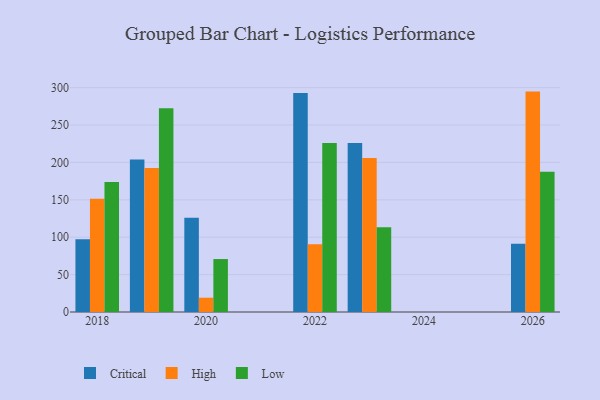
{"axis": {"x": "Year", "y": "Market Share (%)"}, "legend": ["Critical", "High", "Low"], "data": [{"x": "2022", "y": 292.8, "type": "Critical"}, {"x": "2022", "y": 90.7, "type": "High"}, {"x": "2022", "y": 226.1, "type": "Low"}, {"x": "2019", "y": 203.9, "type": "Critical"}, {"x": "2019", "y": 192.5, "type": "High"}, {"x": "2019", "y": 272.6, "type": "Low"}, {"x": "2020", "y": 125.9, "type": "Critical"}, {"x": "2020", "y": 19.1, "type": "High"}, {"x": "2020", "y": 70.8, "type": "Low"}, {"x": "2026", "y": 91.2, "type": "Critical"}, {"x": "2026", "y": 294.7, "type": "High"}, {"x": "2026", "y": 187.5, "type": "Low"}, {"x": "2018", "y": 97.2, "type": "Critical"}, {"x": "2018", "y": 151.3, "type": "High"}, {"x": "2018", "y": 173.9, "type": "Low"}, {"x": "2023", "y": 225.9, "type": "Critical"}, {"x": "2023", "y": 205.8, "type": "High"}, {"x": "2023", "y": 113.3, "type": "Low"}]}